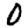
Digit: 0